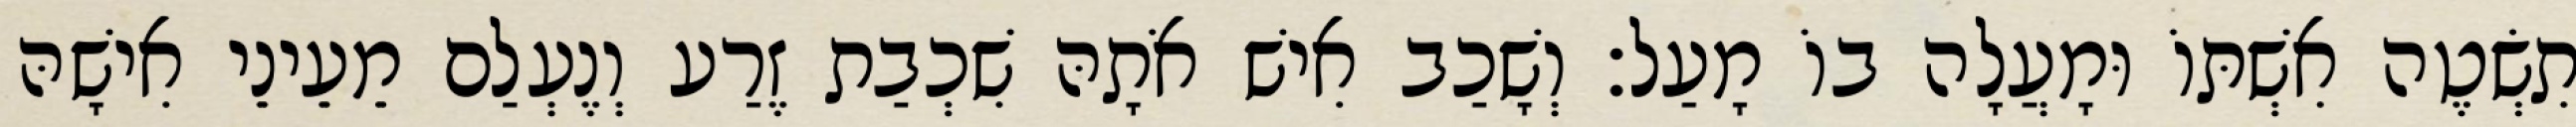
תִשְׂטֶה אִשְׁתּוֹ וּמָעֲלָה בוֹ מָעַל׃ וְשָׁכַב אִישׁ אֹתָהּ שִׁכְבַת זֶרַע וְנֶעְלַם מֵעֵינֵי אִישָׁהּ